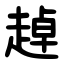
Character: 趠